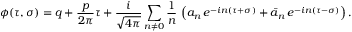
\phi ( \tau , \sigma ) = q + \frac { p } { 2 \pi } \tau + \frac { i } { \sqrt { 4 \pi } } \sum _ { n \neq 0 } \frac { 1 } { n } \, \left( { a _ { n } } \, e ^ { - i n ( \tau + \sigma ) } + { \bar { a } _ { n } } \, e ^ { - i n ( \tau - \sigma ) } \right) .